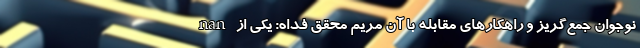
nan نوجوان جمع‌گریز و راهکارهای مقابله با آن مریم محقق فداه: یکی از